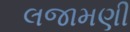
લજામણી